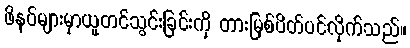
ဖိနပ်များမှာယူတင်သွင်းခြင်းကို တားမြစ်ပိတ်ပင်လိုက်သည်။